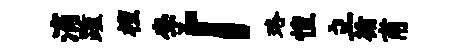
滴踵檀李「珞惶立循甫